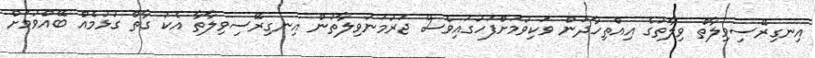
އިނގިރޭސިވިލާތް ވިލާތުގެ އިއްތިހާދުން ވަކިވުމަށްފަހުގައިވެސް ޖަރުމަނުވިލާތުން އިނގިރޭސިވިލާތާ އެކު ގާތް ގުޅުމެއް ބޭއްވުމަށް